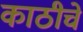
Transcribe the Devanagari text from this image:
काठीचे